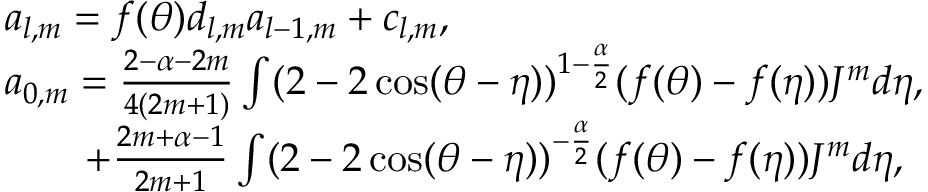
\begin{array} { r l } & { a _ { l , m } = f ( \theta ) d _ { l , m } a _ { l - 1 , m } + c _ { l , m } , } \\ & { a _ { 0 , m } = \frac { 2 - \alpha - 2 m } { 4 ( 2 m + 1 ) } \int ( 2 - 2 \cos ( \theta - \eta ) ) ^ { 1 - \frac { \alpha } { 2 } } ( f ( \theta ) - f ( \eta ) ) { J } ^ { m } d \eta , } \\ & { \quad \quad + \frac { 2 m + \alpha - 1 } { 2 m + 1 } \int ( 2 - 2 \cos ( \theta - \eta ) ) ^ { - \frac { \alpha } { 2 } } ( f ( \theta ) - f ( \eta ) ) { J } ^ { m } d \eta , } \end{array}